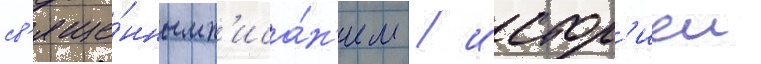
св'яще́нным п'иса́н'ием / истор'иеи